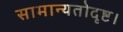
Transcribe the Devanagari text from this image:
सामान्यतोदृष्ट।